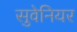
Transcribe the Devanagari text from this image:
सुवेनियर